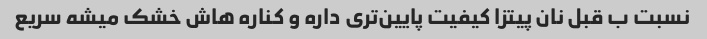
نسبت ب قبل نان پیتزا کیفیت پایین‌تری داره و کناره هاش خشک میشه سریع